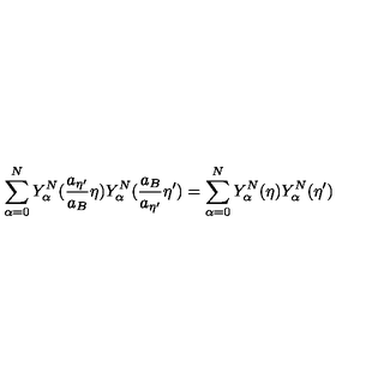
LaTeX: \sum _ { \alpha = 0 } ^ { N } Y _ { \alpha } ^ { N } ( \frac { a _ { { \eta } ^ { \prime } } } { a _ { B } } { \eta } ) Y _ { \alpha } ^ { N } ( \frac { a _ { B } } { a _ { { \eta } ^ { \prime } } } { \eta } ^ { \prime } ) = \sum _ { \alpha = 0 } ^ { N } Y _ { \alpha } ^ { N } ( { \eta } ) Y _ { \alpha } ^ { N } ( { \eta } ^ { \prime } )